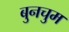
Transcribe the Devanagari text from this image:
बुनचुम